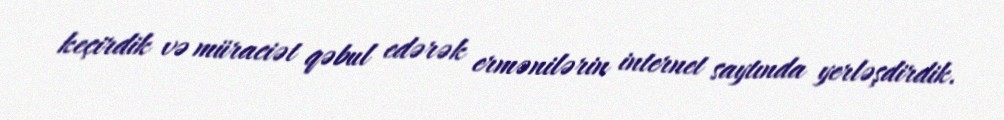
keçirdik və müraciət qəbul edərək ermənilərin internet saytında yerləşdirdik.